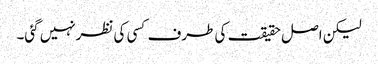
لیکن اصل حقیقت کی طرف کسی کی نظرنہیں گئی۔